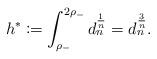
LaTeX: \begin{align*}h^* \coloneqq \int_{\rho_-}^{2\rho_-} d_n^{\frac1n} = d_n^{\frac3n}.\end{align*}